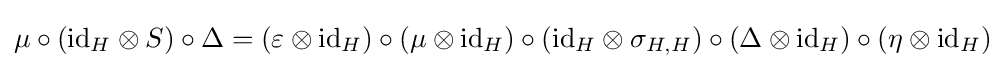
\mu \circ (\mathrm {id} _{H}\otimes S)\circ \Delta =(\varepsilon \otimes \mathrm {id} _{H})\circ (\mu \otimes \mathrm {id} _{H})\circ (\mathrm {id} _{H}\otimes \sigma _{H,H})\circ (\Delta \otimes \mathrm {id} _{H})\circ (\eta \otimes \mathrm {id} _{H})